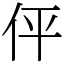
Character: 伻